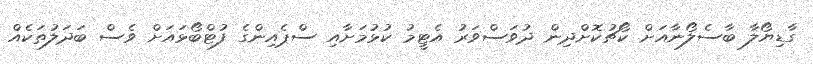
ގާޑިޔޯލާ ބާސެލޯނާއަށް ކޯޗުކޮށްދިން ދުވަސްވަރު އެޓީމު ކުޅުމަށާއި ސްޕެއިންގެ ފުޓްބޯޅައަށް ވެސް ބަދަލުތަކެއް